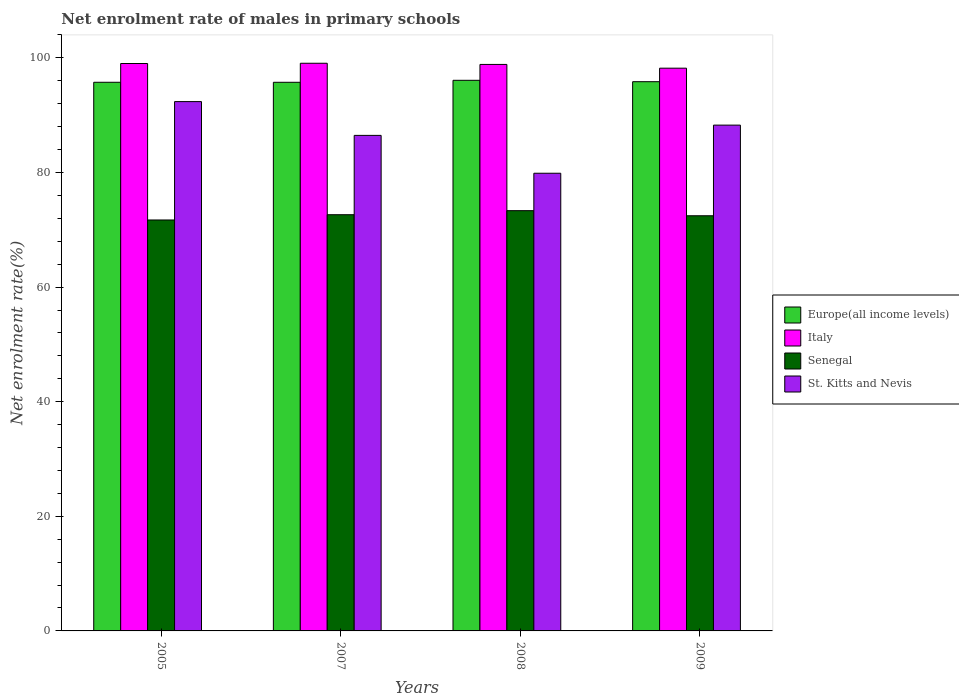
| Years | Europe(all income levels) | Italy | Senegal | St. Kitts and Nevis |
 | --- | --- | --- | --- | --- |
 | 2005 | 95.7 | 99 | 71.7 | 92.4 |
 | 2007 | 95.7 | 99.1 | 72.6 | 86.5 |
 | 2008 | 96.1 | 98.9 | 73.3 | 79.9 |
 | 2009 | 95.8 | 98.2 | 72.4 | 88.3 |